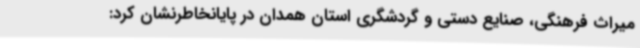
میراث فرهنگی، صنایع دستی و گردشگری استان همدان در پایانخاطرنشان کرد: